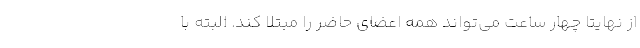
از نهایتا چهار ساعت می‌تواند همه‌ اعضای حاضر را مبتلا کند. البته با